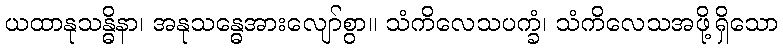
ယထာနုသန္ဓိနာ၊ အနုသန္ဓေအားလျော်စွာ။ သံကိလေသပက္ခံ၊ သံကိလေသအဖို့ရှိသော